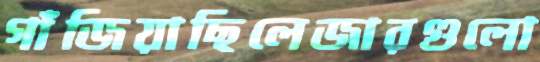
গাঁজিয়াছিলেজারগুলো